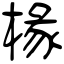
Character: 椽